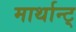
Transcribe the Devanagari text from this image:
मार्थान्ट्